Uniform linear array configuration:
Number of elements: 12
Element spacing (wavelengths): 0.5
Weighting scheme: binomial
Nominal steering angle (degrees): -60
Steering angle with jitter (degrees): -58.397
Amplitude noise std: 0.05
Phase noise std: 0.05

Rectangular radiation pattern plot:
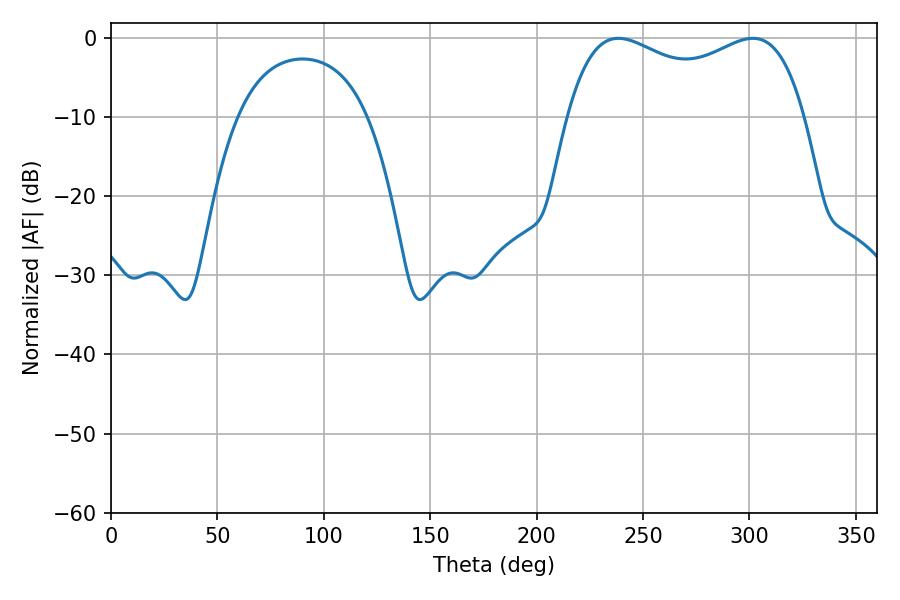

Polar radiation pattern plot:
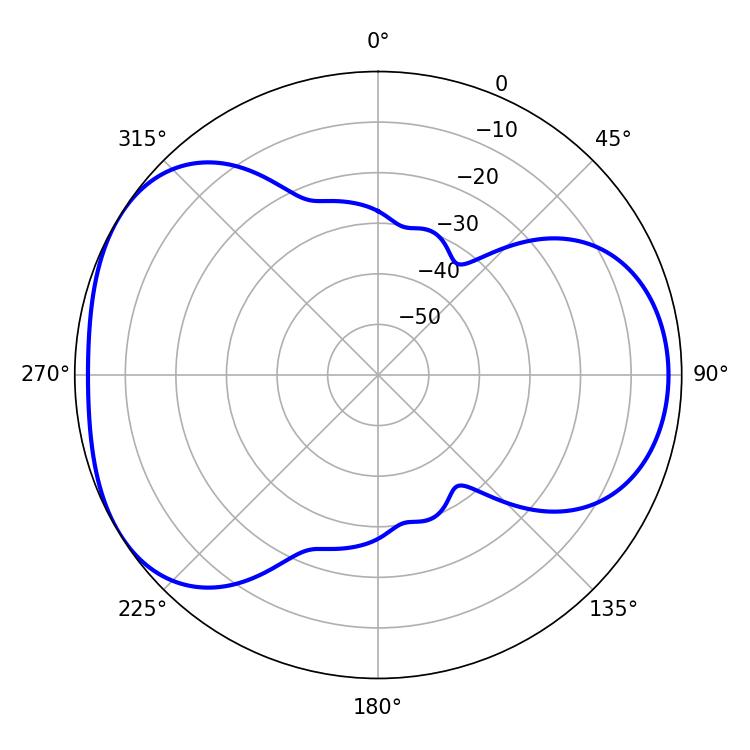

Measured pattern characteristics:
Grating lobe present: FALSE
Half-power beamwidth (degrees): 92.16
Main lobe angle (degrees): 238.5